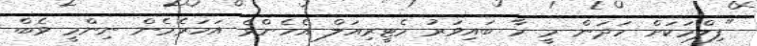
"ފިލްމަކަށް ހަދަން މީ މާ ބައިވަރު މެޓީރިއަލް އެހެންވެ އަހަރެމެން ނިންމީ ވެބް